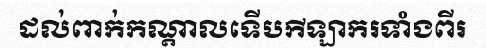
ដល់ពាក់កណ្តាលទើបកីឡាករទាំងពីរ